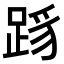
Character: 𬦳